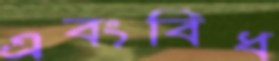
এবংবিধ